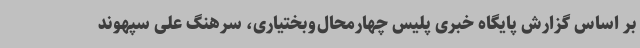
بر اساس گزارش پایگاه خبری پلیس چهارمحال‌وبختیاری، سرهنگ علی سپهوند